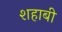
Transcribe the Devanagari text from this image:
शहाबी